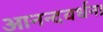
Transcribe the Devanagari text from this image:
आनन्दवर्धन।